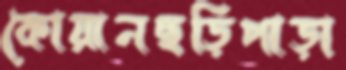
কোয়ানছড়িপাড়া